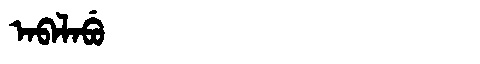
Manchu: ᠠᠪᠠᠯᠠᠪᡠ
Romanization: ABALABU